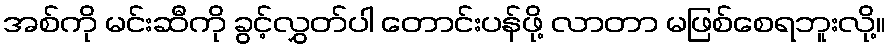
အစ်ကို မင်းဆီကို ခွင့်လွှတ်ပါ တောင်းပန်ဖို့ လာတာ မဖြစ်စေရဘူးလို့။